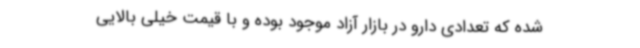
شده که تعدادی دارو در بازار آزاد موجود بوده و با قیمت خیلی بالایی